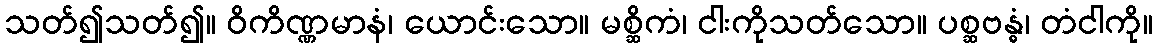
သတ်၍သတ်၍။ ဝိကိဏ္ဏမာနံ၊ ယောင်းသော။ မစ္ဆိကံ၊ ငါးကိုသတ်သော။ ပစ္ဆဗန္ဓံ၊ တံငါကို။